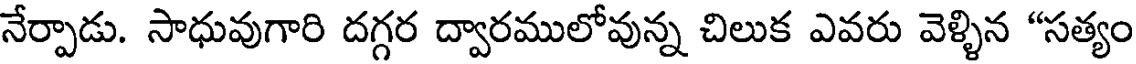
నేర్పాడు. సాధువుగారి దగ్గర ద్వారములోవున్న చిలుక ఎవరు వెళ్ళిన "సత్యం